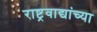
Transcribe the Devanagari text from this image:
राष्ट्रवाद्यांच्या